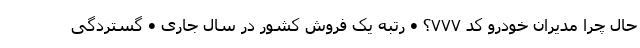
حال چرا مدیران خودرو کد ۷۷۷؟ • رتبه یک فروش کشور در سال جاری • گستردگی